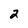
Character: 2